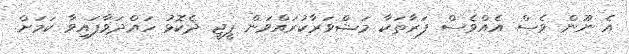
އެ ނޫން ވެސް އެއްވެސް ފަރާތަކާ މަޝްވަރާކުރައްވަން ޕީޖީ ދެކޮޅު ހައްދަވާފައިވާ ކަމަށް